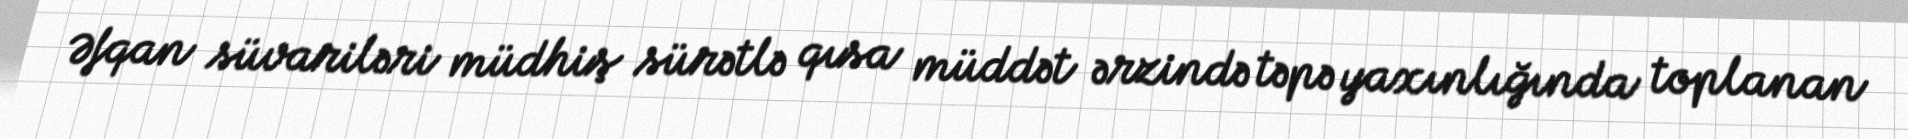
Əfqan süvariləri müdhiş sürətlə qısa müddət ərzində təpə yaxınlığında toplanan